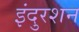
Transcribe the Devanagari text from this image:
इंदुरशन